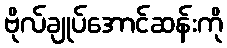
ဗိုလ်ချုပ်အောင်ဆန်းကို